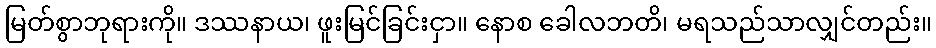
မြတ်စွာဘုရားကို။ ဒဿနာယ၊ ဖူးမြင်ခြင်းငှာ။ နောစ ခေါလဘတိ၊ မရသည်သာလျှင်တည်း။